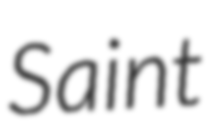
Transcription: Saint